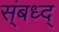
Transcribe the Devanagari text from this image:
स्ंबध्द्